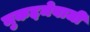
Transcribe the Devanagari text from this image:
मुकद्दमेबाजी